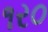
૧ર૦